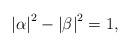
LaTeX: \begin{align*}\left| \alpha \right| ^{2}-\left| \beta \right| ^{2}=1, \end{align*}